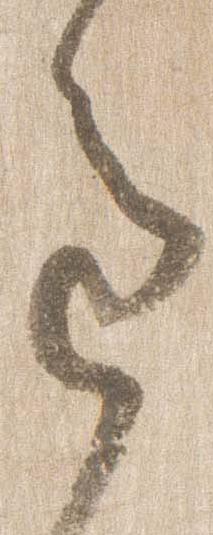
色